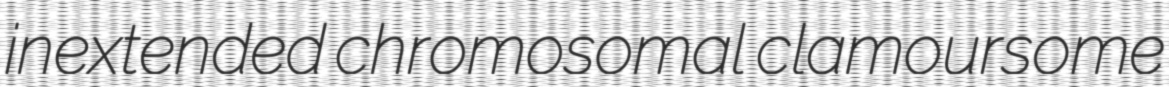
inextended chromosomal clamoursome